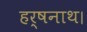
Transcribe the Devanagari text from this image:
हर्षनाथ।